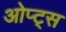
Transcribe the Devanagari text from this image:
ओप्ट्स